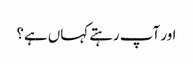
اور آپ رہتے کہاں ہے؟